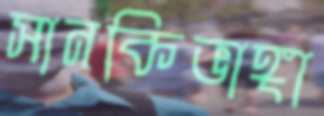
সানকিভাঙ্গা